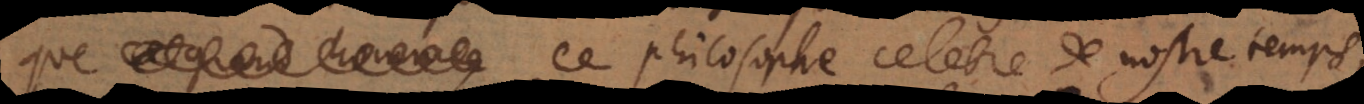
ce philosophe celebre de nostre temps,